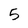
Character: 5